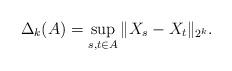
LaTeX: \begin{align*}\Delta_k (A) = \sup_{s,t \in A} \|X_s - X_t\|_{2^k} .\end{align*}